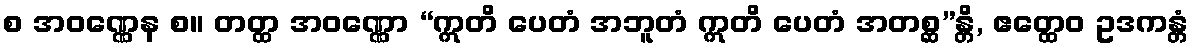
စ အဝဏ္ဏေန စ။ တတ္ထ အဝဏ္ဏော “ဣတိ ပေတံ အဘူတံ ဣတိ ပေတံ အတစ္ဆ”န္တိ, ဧတ္ထေဝ ဥဒကန္တံ